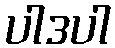
ပါဒပါ